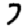
Digit: 7